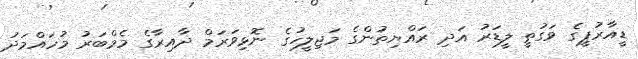
ޑީއާރުޕީގެ ވަގުތީ ލީޑަރު އަދި ރައްޔިތުންގެ މަޖިލީހުގެ ނޮޅިވަރަމް ދާއިރާގެ މެމްބަރު މުހައްމަދު